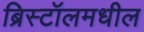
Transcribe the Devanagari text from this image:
ब्रिस्टॉलमधील